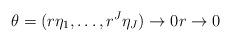
LaTeX: \begin{align*} \theta=(r\eta_1, \ldots, r^J\eta_J) \to 0 r\to 0 \end{align*}